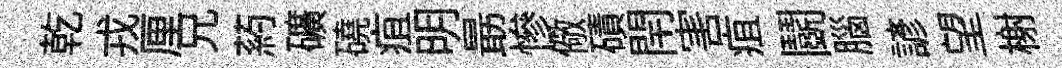
乾戎厘兄葯礦磽疽明朂慘儆磧閈害疽鬬腦諺望榭